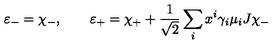
\varepsilon _ { - } = \chi _ { - } , \qquad \varepsilon _ { + } = \chi _ { + } + \frac { 1 } { \sqrt 2 } \sum _ { i } x ^ { i } \gamma _ { i } \mu _ { i } J \chi _ { - }